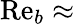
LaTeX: \mathrm{Re}_{b}\approx